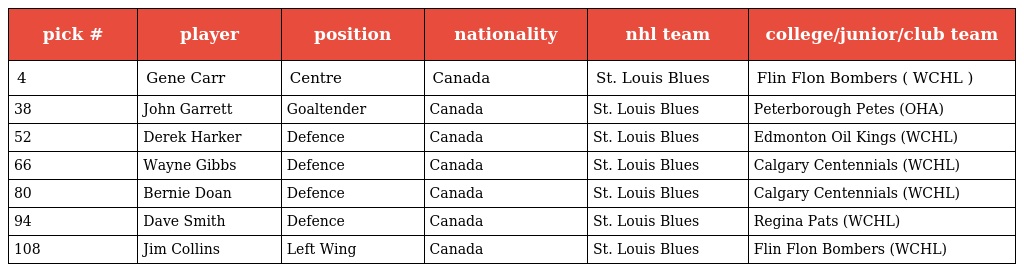
| pick # | player | position | nationality | nhl team | college/junior/club team |
 | --- | --- | --- | --- | --- | --- |
 | 4 | Gene Carr | Centre | Canada | St. Louis Blues | Flin Flon Bombers ( WCHL ) |
 | 38 | John Garrett | Goaltender | Canada | St. Louis Blues | Peterborough Petes (OHA) |
 | 52 | Derek Harker | Defence | Canada | St. Louis Blues | Edmonton Oil Kings (WCHL) |
 | 66 | Wayne Gibbs | Defence | Canada | St. Louis Blues | Calgary Centennials (WCHL) |
 | 80 | Bernie Doan | Defence | Canada | St. Louis Blues | Calgary Centennials (WCHL) |
 | 94 | Dave Smith | Defence | Canada | St. Louis Blues | Regina Pats (WCHL) |
 | 108 | Jim Collins | Left Wing | Canada | St. Louis Blues | Flin Flon Bombers (WCHL) |